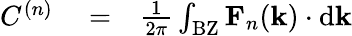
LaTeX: \begin{array}{rlr}{C^{(n)}}&{{}=}&{\frac{1}{2\pi}\int_{\mathrm{BZ}}\mathbf{F}_{n}(\mathbf{k})\cdot\mathrm{d}\mathbf{k}}\end{array}